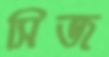
সিজ